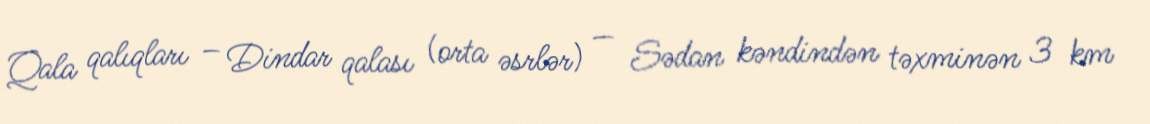
Qala qalıqları – Dindar qalası (orta əsrlər) — Sədan kəndindən təxminən 3 km